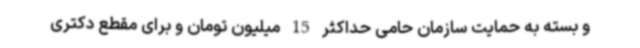
و بسته به حمایت سازمان حامی حداکثر 15 میلیون تومان و برای مقطع دکتری